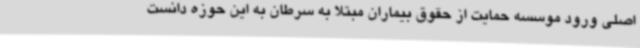
اصلی ورود موسسه حمایت از حقوق بیماران مبتلا به سرطان به این حوزه دانست